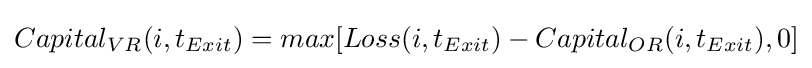
Capital_{VR}(i,t_{Exit})=max[Loss(i,t_{Exit})-Capital_{OR}(i,t_{Exit}),0]